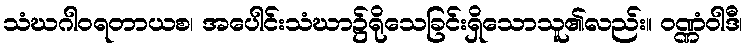
သံဃဂါဝရတာယစ၊ အပေါင်းသံဃာ၌ရိုသေခြင်းရှိသောသူ၏လည်း။ ဝဏ္ဏံဝါဒီ၊